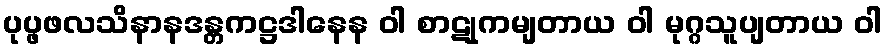
ပုပ္ဖဖလသိနာနဒန္တကဋ္ဌဒါနေန ဝါ စာဋုကမျတာယ ဝါ မုဂ္ဂသူပျတာယ ဝါ